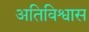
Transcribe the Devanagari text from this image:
अतिविश्वास